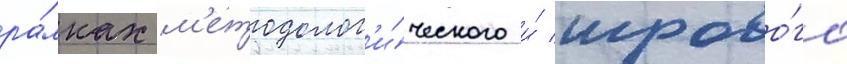
ра́мках м'етодолог'и́ческого и́ игрово́го